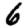
Digit: 6